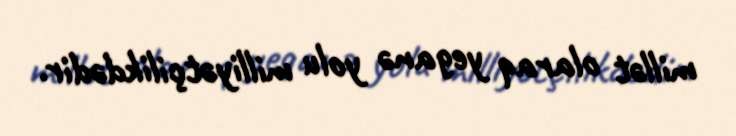
millət olaraq yeganə yolu milliyətçilikdədir.